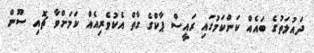
ދައުލަތުގެ ބައެއް ކަންކަމުގައި ރައީސް ޕާކްގެ ގާތް އެކުވެރިއެއް ކަމަށްވާ ޗޮއި ސޫން